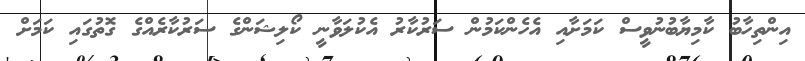
އިންތިހާބު ކާމިޔާބުނުވީސް ކަމަށާއި އެހެންކަމުން ސަރުކާރު އެކުލަވާނީ ކޯލިޝަންގެ ސަރުކާރެއްގެ ގޮތުގައި ކަމަށް